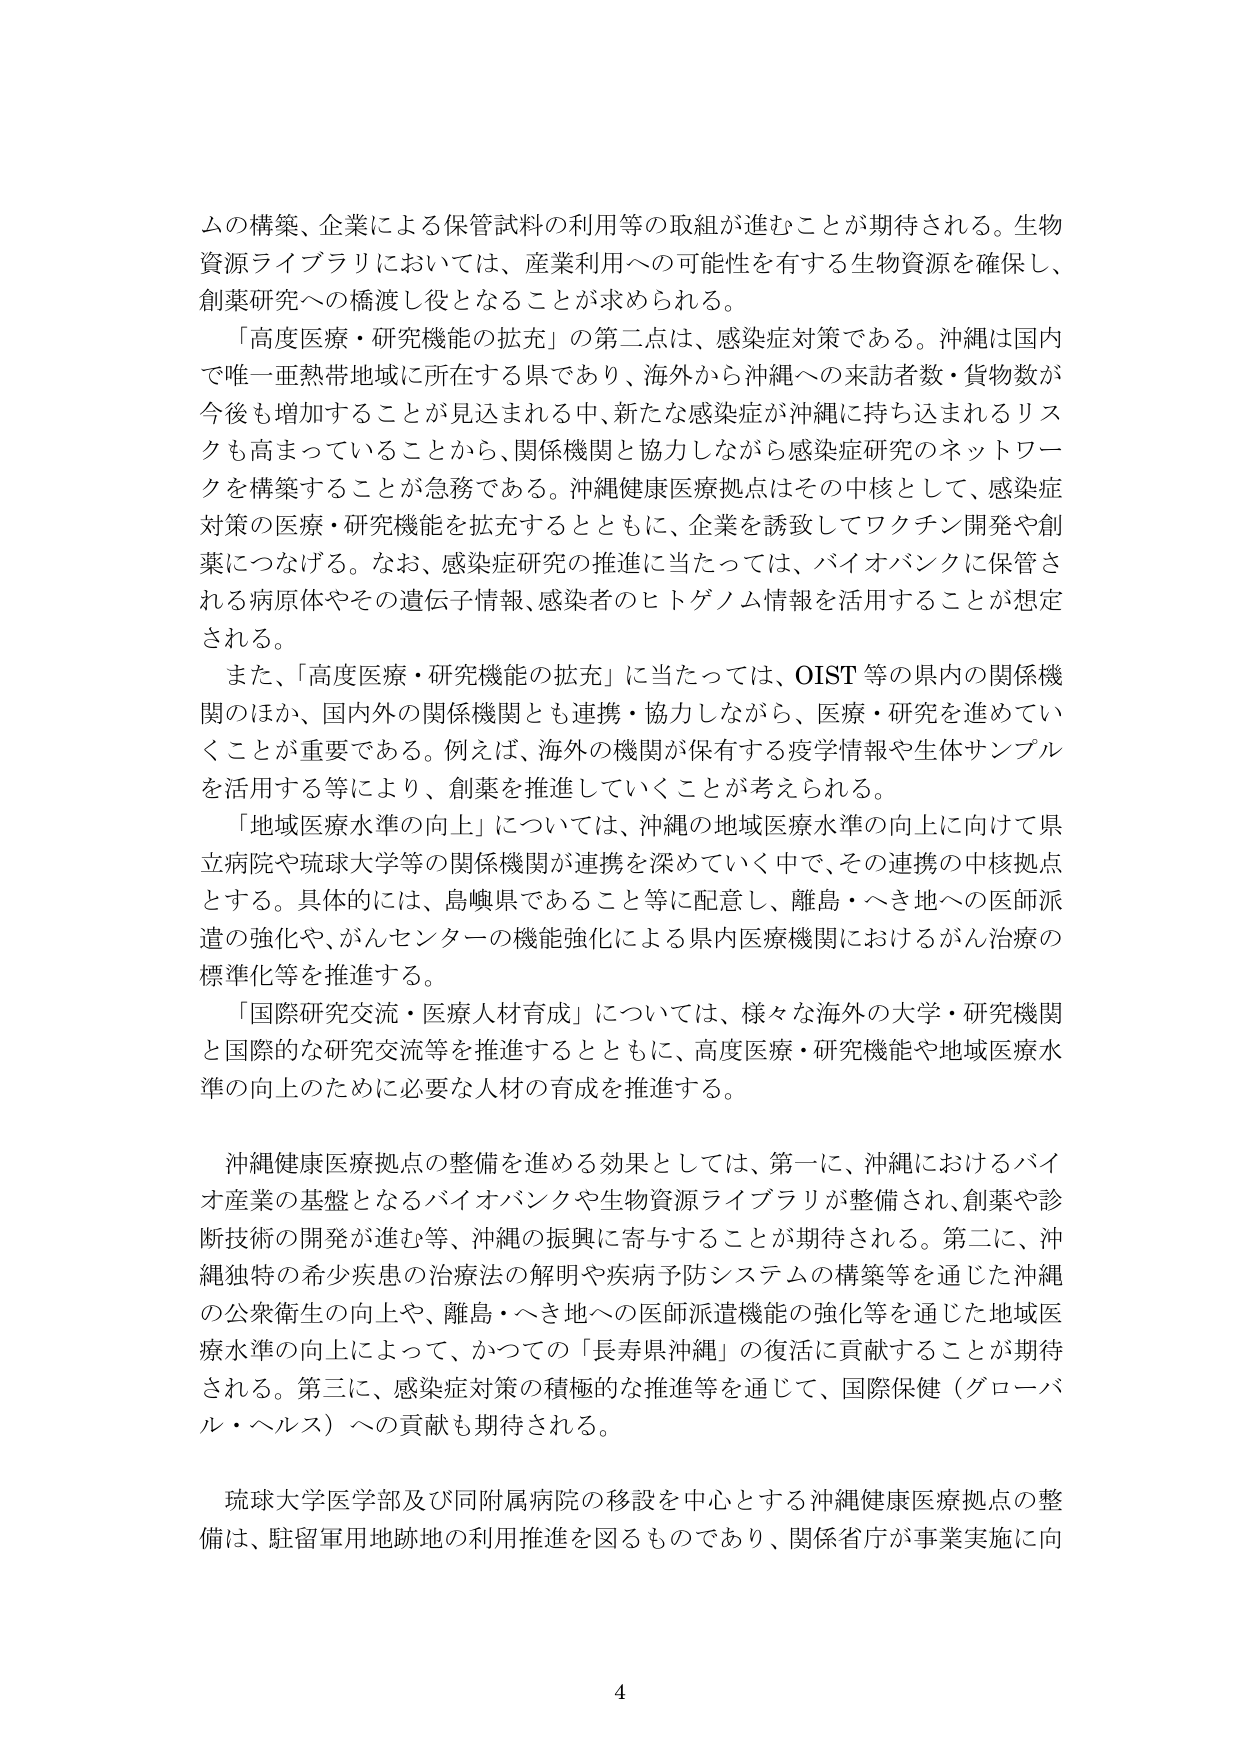
ムの構築、企業による保管試料の利用等の取組が進むことが期待される。生物資源ライブラリにおいては、産業利用への可能性を有する生物資源を確保し、創薬研究への橋渡し役となることが求められる。

「高度医療・研究機能の拡充」の第二点は、感染症対策である。沖縄は国内で唯一亜熱帯地域に所在する県であり、海外から沖縄への来訪者数・貨物数が今後も増加することが見込まれる中、新たな感染症が沖縄へ持ち込まれるリスクも高まっていることから、関係機関と協力しながら感染症研究のネットワークを構築することが急務である。沖縄健康医療拠点はその中核として、感染症対策の医療・研究機能を拡充するとともに、企業を誘致してワクチン開発や創薬につなげる。なお、感染症研究の推進に当たっては、バイオバンクに保管される病原体やその遺伝子情報、感染者のヒトゲノム情報を活用することが想定される。

また、「高度医療・研究機能の拡充」に当たっては、OIST等の県内の関係機関のほか、国内外の関係機関とも連携・協力しながら、医療・研究を進めていくことが重要である。例えば、海外の機関が保有する疫学情報や生体サンプルを活用する等により、創薬を推進していくことが考えられる。

「地域医療水準の向上」については、沖縄の地域医療水準の向上に向けて県立病院や琉球大学等の関係機関が連携を深めていく中で、その連携の中核拠点とする。具体的には、島嶼県であること等に配意し、離島・へき地への医師派遣の強化や、がんセンターの機能強化による県内医療機関におけるがん治療の標準化等を推進する。

「国際研究交流・医療人材育成」については、様々な海外の大学・研究機関と国際的な研究交流等を推進するとともに、高度医療・研究機能や地域医療水準の向上のために必要な人材の育成を推進する。

沖縄健康医療拠点の整備を進める効果としては、第一に、沖縄におけるバイオ産業の基盤となるバイオバンクや生物資源ライブラリが整備され、創薬や診断技術の開発が進む等、沖縄の振興に寄与することが期待される。第二に、沖縄独特の希少疾患の治療法の解明や疾病予防システムの構築等を通じた沖縄の公衆衛生の向上や、離島・へき地への医師派遣機能の強化等を通じた地域医療水準の向上によって、かつての「長寿県沖縄」の復活に貢献することが期待される。第三に、感染症対策の積極的な推進等を通じて、国際保健（グローバル・ヘルス）への貢献も期待される。

琉球大学医学部及び同附属病院の移設を中心とする沖縄健康医療拠点の整備は、駐留軍用地跡地の利用推進を図るものであり、関係省庁が事業実施に向

4